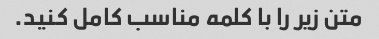
متن زیر را با کلمه مناسب کامل کنید.